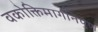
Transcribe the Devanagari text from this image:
वकोक्तिमार्गनिपुण